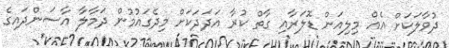
ދުވާލަކަަށް އެއް މިލިއަން ޑޮލަރާއި ގާތް ކުރާ އަދަދަކަށް މިދެގައުމުން ދަމާލާ އާސަންދައިގެ